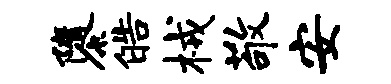
隳皓械敬安